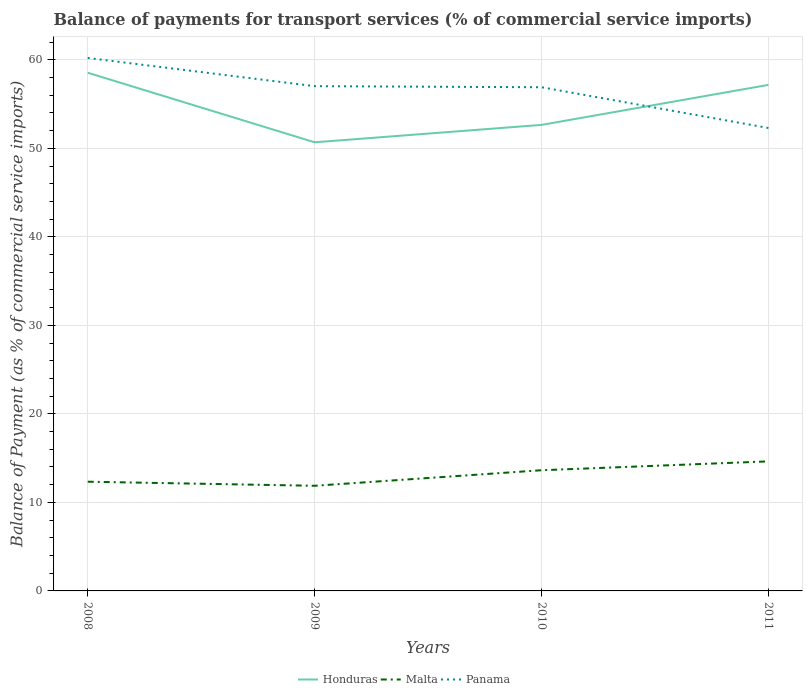
| Years | Honduras | Malta | Panama |
 | --- | --- | --- | --- |
 | 2008 | 58.5 | 12.3 | 60.2 |
 | 2009 | 50.7 | 11.9 | 57 |
 | 2010 | 52.6 | 13.6 | 56.9 |
 | 2011 | 57.2 | 14.6 | 52.3 |